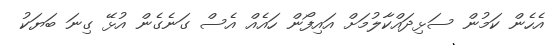
އެހެން ކަމުން ސަޅިދައްކާލުމަށް އައިފޯން ހައެއް އެސް ގަނެގެން އުޅޭ ގިނަ ބަޔަކު